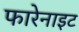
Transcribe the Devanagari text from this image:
फारेनाइट